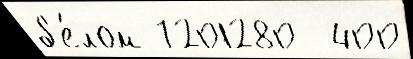
б'е́лом 7201280  400